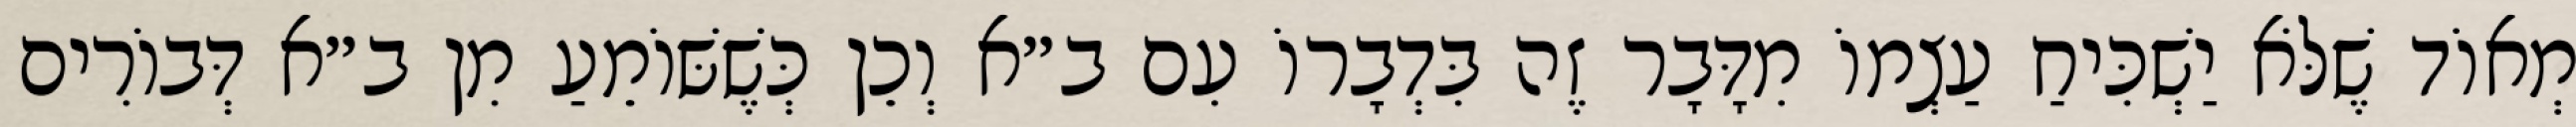
מְאוֹד שֶׁלֹּא יַשְׁכִּיחַ עַצְמוֹ מִדָּבָר זֶה בִּדְבָרוֹ עִם ב״א וְכֵן כְּשֶׁשּׁוֹמֵעַ מִן ב״א דְּבוֹרִים